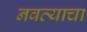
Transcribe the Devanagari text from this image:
नवव्याचा